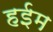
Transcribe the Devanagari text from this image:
हईम